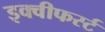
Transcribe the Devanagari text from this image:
इक्वीफर्स्ट